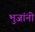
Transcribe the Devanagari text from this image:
भुजांनी